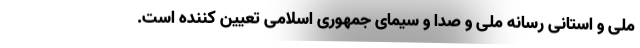
ملی و استانی رسانه ملی و صدا و سیمای جمهوری اسلامی تعیین کننده است.